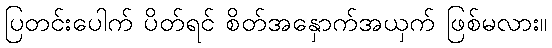
ပြတင်းပေါက် ပိတ်ရင် စိတ်အနှောက်အယှက် ဖြစ်မလား။